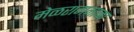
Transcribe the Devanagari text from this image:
मेळरागमाळा